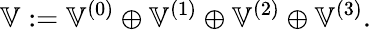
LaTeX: \mathbb{V}:=\mathbb{V}^{(0)}\oplus\mathbb{V}^{(1)}\oplus\mathbb{V}^{(2)}\oplus\mathbb{V}^{(3)}.